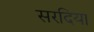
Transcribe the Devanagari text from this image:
सरदिया